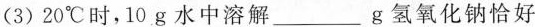
(93)20^{\circ}C时，10g水中溶解___g氢氧化钠恰好